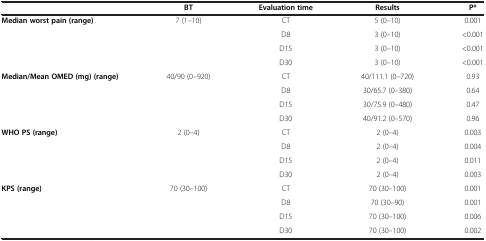
<table><thead><tr><td><b> </b></td><td><b>BT</b></td><td><b>Evaluation time</b></td><td><b>Results</b></td><td><b>P*</b></td></tr></thead><tbody><tr><td><b>Median worst pain (range)</b></td><td>7 (1–10)</td><td>CT</td><td>5 (0–10)</td><td>0.001</td></tr><tr><td> </td><td> </td><td>D8</td><td>3 (0–10)</td><td>&lt;0.001</td></tr><tr><td> </td><td> </td><td>D15</td><td>3 (0–10)</td><td>&lt;0.001</td></tr><tr><td> </td><td> </td><td>D30</td><td>3 (0–10)</td><td>&lt;0.001</td></tr><tr><td><b>Median/Mean OMED (mg) (range)</b></td><td>40/90 (0–920)</td><td>CT</td><td>40/111.1 (0–720)</td><td>0.93</td></tr><tr><td> </td><td> </td><td>D8</td><td>30/65.7 (0–380)</td><td>0.64</td></tr><tr><td> </td><td> </td><td>D15</td><td>30/75.9 (0–480)</td><td>0.47</td></tr><tr><td> </td><td> </td><td>D30</td><td>40/91.2 (0–570)</td><td>0.96</td></tr><tr><td><b>WHO PS (range)</b></td><td>2 (0–4)</td><td>CT</td><td>2 (0–4)</td><td>0.003</td></tr><tr><td> </td><td> </td><td>D8</td><td>2 (0–4)</td><td>0.004</td></tr><tr><td> </td><td> </td><td>D15</td><td>2 (0–4)</td><td>0.011</td></tr><tr><td> </td><td> </td><td>D30</td><td>2 (0–4)</td><td>0.003</td></tr><tr><td><b>KPS (range)</b></td><td>70 (30–100)</td><td>CT</td><td>70 (30–100)</td><td>0.001</td></tr><tr><td> </td><td> </td><td>D8</td><td>70 (30–90)</td><td>0.001</td></tr><tr><td> </td><td> </td><td>D15</td><td>70 (30–100)</td><td>0.006</td></tr><tr><td> </td><td> </td><td>D30</td><td>70 (30–100)</td><td>0.002</td></tr></tbody></table>